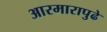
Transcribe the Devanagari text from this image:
आरमारापुढे